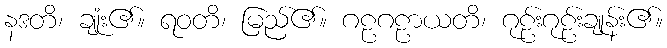
နဒတိ၊ ချုံး၏။ ရဝတိ၊ မြည်၏။ ဂဠဂဠာယတိ၊ ဂုဠ်းဂုဠ်းချုန်း၏။